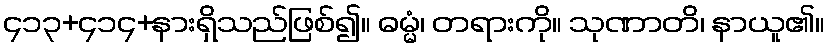
၄၁၃+၄၁၄+နားရှိသည်ဖြစ်၍။ ဓမ္မံ၊ တရားကို။ သုဏာတိ၊ နာယူ၏။